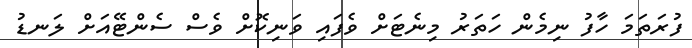
ފުރަތަމަ ހާފު ނިމެން ހަތަރު މިނެޓަށް ވެފައި ވަނިކޮށް ވެސް ސެންޓޭއަށް ލަނޑު